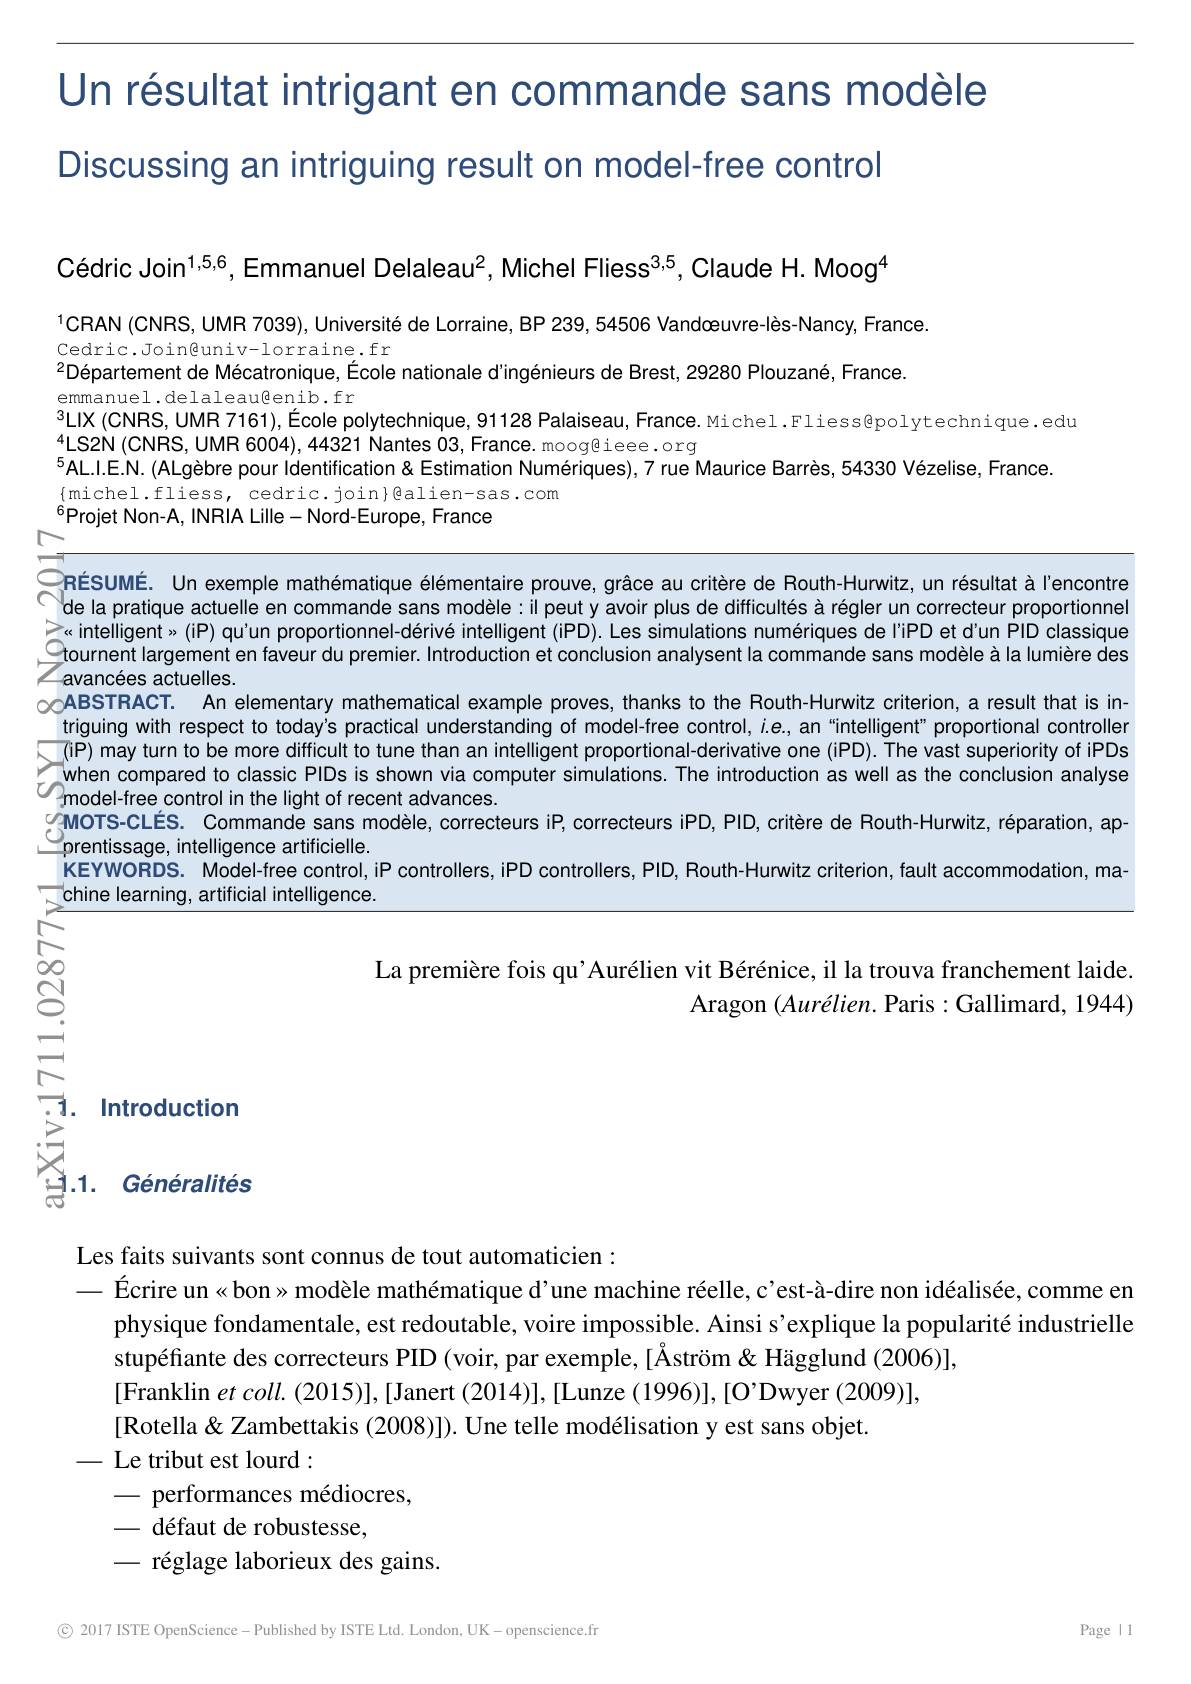
Un résultat intrigant en commande sans modèle
Discussing an intriguing result on model-free control

Cédric Join$^{1,5,6}$, Emmanuel Delaleau$^2$, Michel Fliess$^{3,5}$, Claude H. Moog$^{4}$

$^{1}$CRAN (CNRS, UMR 7039), Université de Lorraine, BP 239, 54506 Vandæuvre-lès-Nancy, France.
Cedric.Joinguniv-lorraine.fr
$^{2}\text{D\'{e} partement de M\'{e} catronique, \'{E} cole nationale d" ing\'{e} nieurs de Brest, 29280 Plouzan\'{e} , France. }$
emmanuel.delaleaußenib.fr
LIX ( CNRS, UMR7161) , $\acute{E}$cole polytechnique, 91128 Palaiseau, France. Michel . Fliess@ polytechnique. edu LIX ( CNRS, UMR7161) , $\acute{E}$cole polytechnique, 91128 Palaiseau, France. Michel . Fliess@ polytechnique. edu
$^{4}$LS2N (CNRS, UMR 6004), 44321 Nantes O3, France. moog@ieee. org
$^{5}$AL.l.E.N. (ALgèbre pour Identification&Estimation Numériques),7 rue Maurice Barrès, 54330 Vézelise, France.
$\{$michel.fliess, cedric.join}Balien-sas.com
$^{\hat{6}}$Projet Non-A, INRiA Lille- Nord-Euriope, France PRÉSUMÉ. Un exemple mathématique élémentaire prouve, grâce au critère de Routh-Hurwitz, un résultat à l'encontre de la pratique actuelle en commande sans modèle: il peuty avoir plus de difficultés

>« intelligent»(iP) qu'un proportionnel-dérivé intelligent (iPD). Les simulations numériques de l'iPD et d'un PID classique Ctournent largement en faveur du premier. Introduction et conclusion analysent la commande sans modèle à la lumière des Zavancées actuelles.
$oo$ABSTRACT. An elementary mathematical example proves, thanks to the Routh-Hurwitz criterion, a result that is intriguing with respect today's practical understanding of model-free control, $i.e.$,an"ntelligent" proportional controllen(iP) may turn to be more difficult to tune than an intelligent al-derivative one (iPD).The vast superiority of PDs when compared to $model-freecontrolinthelightofrecentadvances.$
gMOTS-CLÉS. Commande sans modèle, correcteurs iP, correcteurs iPD, PID, critère de Routh-Hurwitz, réparation, ap-
prentissage, intelligence artificielle.
$\dot{\text{KEYWORDS. Model-free control,iP controllers,iPD controllers,PID,Routh-Hunwitz criterion, fault accommodation, ma-100}}$
chine learning, artificial intelligence.

八

八

jOO

La première fois qu'Aurélien vit Bérénice, il la trouva franchement laide.
Aragon $(Aurélien.$ Paris :Gallimard, 1944)

T. 1.  Introduction S.  $\text{S. 1.  G\'{e} n\'{e} ralit\'{e} s}$

Les faits suivants sont connus de tout automaticien :
$- \text{ \'{E} crire un« bon»  mod\`{e} le math\'{e} matique d' une machine r\'{e} elle,  c' est- \`{a} - dire non id\'{e} alis\'{e} e,  comme en}$
physique fondamentale, est redoutable, voire impossible. Ainsi s'explique la popularité industrielle
stupéfiante des correcteurs PID (voir, par exemple, [Åström&Hägglund (2006)],
[Franklin $et\textit{coll.  ( 2015) ] ,  [ Janert ( 2014) ] ,  [ Lunze ( 1996) ] ,  [ O' Dwyer ( 2009) ] , }$
[Rotella& Zambettakis (2008)]). Une telle modélisation y est sans objet
- Le tribut est lourd:
- performances médiocres,
- défaut de robustesse,
- réglage laborieux des gains.

© 2017 ISTE OpenScience -Published by ISTE Ltd. London, UK- openscience.fr

Page l 1